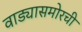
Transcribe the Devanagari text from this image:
वाड्यासमोरची